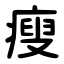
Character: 瘦